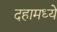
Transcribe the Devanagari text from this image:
दहामध्ये